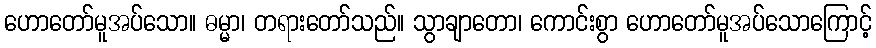
ဟောတော်မူအပ်သော။ ဓမ္မာ၊ တရားတော်သည်။ သွာချာတော၊ ကောင်းစွာ ဟောတော်မူအပ်သောကြောင့်